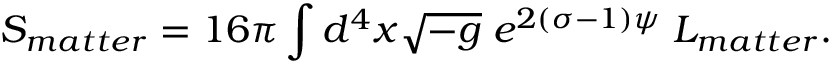
S _ { m a t t e r } = 1 6 \pi \int d ^ { 4 } x \sqrt { - g } \; e ^ { 2 ( \sigma - 1 ) \psi } \; L _ { m a t t e r } .